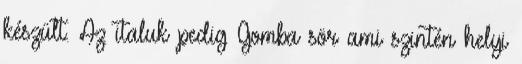
készült. Az italuk pedig Gomba sör ami szintén helyi